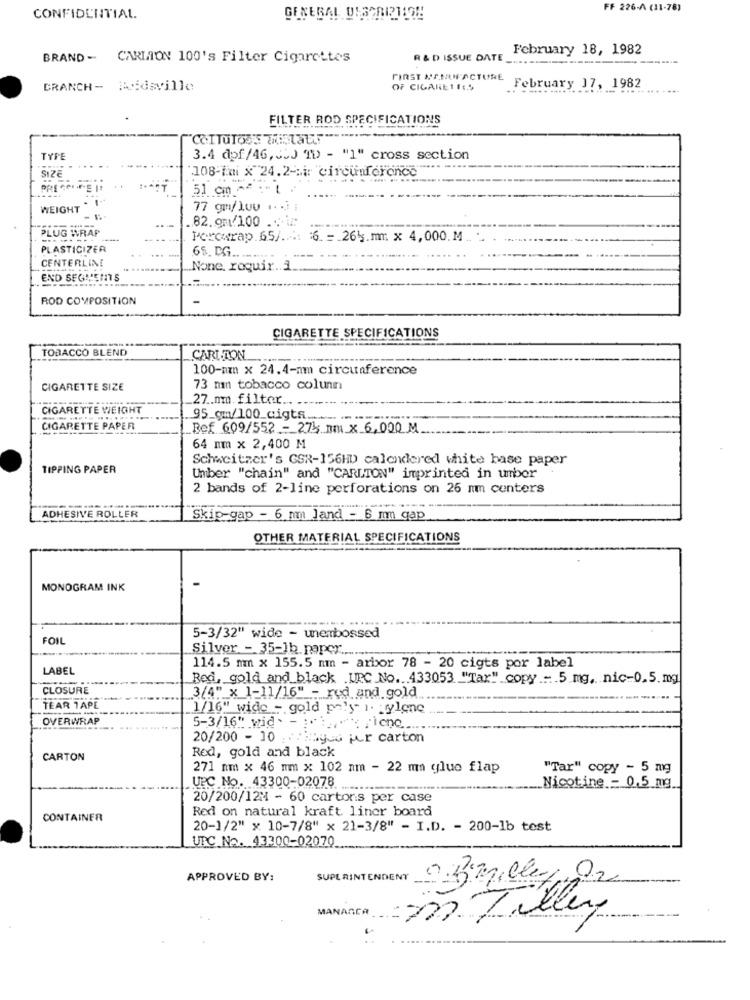
FF 226-A (11-78)
CONFIDENTIAL.
February 18, 1982
BRAND - CARLTON 100's Filter Cigarettes
R & D ISSUE DATE ..................
FIRST MANUFACTURE
BRANCH- Ridsville
OF CIGARE 1 1 :. S
February 17, 1982
FILTER ROD SPECIFICATIONS
TYPE
3.4 dpf/46,35J 10) - "1" cross section
SIZE
'108-fai x 24.2-ir circunferonce"
51 cm ^^
WEIGHT
77 gm/luu .. . ]
82.9m/100
PLUG WRAP
------
Perowrap.65/ ...: 6. = 261.mm x 4,000.M
PLASTICIZER
65. DG ...
CENTERLINE
None, requir ...
END SEGMENTS
ROD COMPOSITION
CIGARETTE SPECIFICATIONS
TOBACCO BLEND
----
CARLTON
100-mm x 24.4-nm circumference
CIGARETTE SIZE
73 mn tobacco column
27.nm filter .. .
CIGARETTE WEIGHT
95_gm/100_cigts.
CIGARETTE PAPER
Bef 609/552 - 275 mm x 6,000 M
64 mm × 2,400 M
Schweitzer's GSR-156HD calendered white hase paper
TIPPING PAPER
Umber "chain" and "CARLTON" imprinted in umber
2 bands of 2-line perforations on 26 mm centers
ADHESIVE ROLLER
Skip-gap - 6 mm land - 6 mm qap
OTHER MATERIAL SPECIFICATIONS
MONOGRAM INK
OIL
5-3/32" wide - unembossed
Silver - 35-1b. paper.
LABEL
114.5 mm x 155.5 mm - arbor 78 - 20 cigts por label
Red, gold and black .UPC No ... 433053 "Tar" copy =. 5 mg, nic-0.5.mg
CLOSURE
3/4" x 1-11/16" - rod and gold
TEAR 1APE
1/16" wide - gold paly 1. pylene
OVERWRAP
5-3/16" wid. - :.:.
20/200 - 10 :: 35you per carton
Red, gold and black
CARTON
271 nm × 46 mm x 102 nm - 22 ma glue flap
"Tar" copy - 5 mg
UPC No. 43300-02078
-------
Nicotine - 0,5 mg
20/200/12M - 60 cartons per case
Red on natural kraft liner board
CONTAINER
20-1/2" x 10-7/8" × 21-3/8" - I.D. - 200-1b test
UPC No. 43300-02070
APPROVED BY:
SUPERINTENDENT
2. Birgille O2
m Tilley
MANAGER